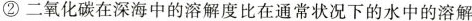
②二氧化碳在深海中的溶解度比在通常状况下的水中的溶解